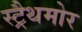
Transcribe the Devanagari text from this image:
स्ट्रैथमोर